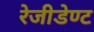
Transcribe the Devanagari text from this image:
रेजीडेण्ट